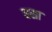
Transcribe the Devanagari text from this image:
धसा